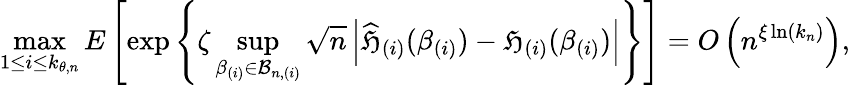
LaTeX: \operatorname*{max}_{1\leq i\leq k_{\theta,n}}E\left[\exp\left\{ \zeta\operatorname*{sup}_{\beta_{(i)}\in\mathcal{B}_{n,(i)}}\sqrt{n}\left\vert\widehat{\mathfrak{H}}_{(i)}(\beta_{(i)})-\mathfrak{H}_{(i)}(\beta_{(i)})\right\vert\right\} \right]=O\left(n^{\xi\ln(k_{n})}\right),